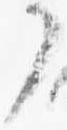
了